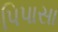
પિપાસા